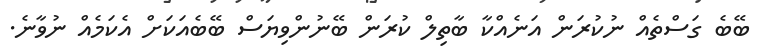
ބޭބެ ގަސްތެއް ނުކުރަން އަނެއްކާ ބާތިލް ކުރަން ބޭނުންވިޔަސް ބޭބެއަކަށް އެކަމެއް ނުވާނެ.